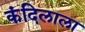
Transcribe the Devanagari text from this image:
कंदिलाला